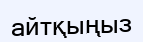
айтқыңыз